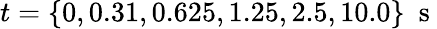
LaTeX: t=\{ 0,0.31,0.625,1.25,2.5,10.0\} \ \mathrm{~s~}